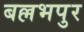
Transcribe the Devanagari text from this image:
बल्लभपुर